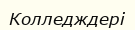
Колледждері